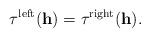
LaTeX: \begin{align*}\tau^{\mathrm{left}}(\mathbf{h})=\tau^{\mathrm{right}}(\mathbf{h}).\end{align*}